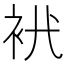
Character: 𧘵